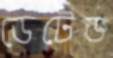
ডেটেড